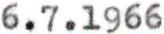
6.7.1966